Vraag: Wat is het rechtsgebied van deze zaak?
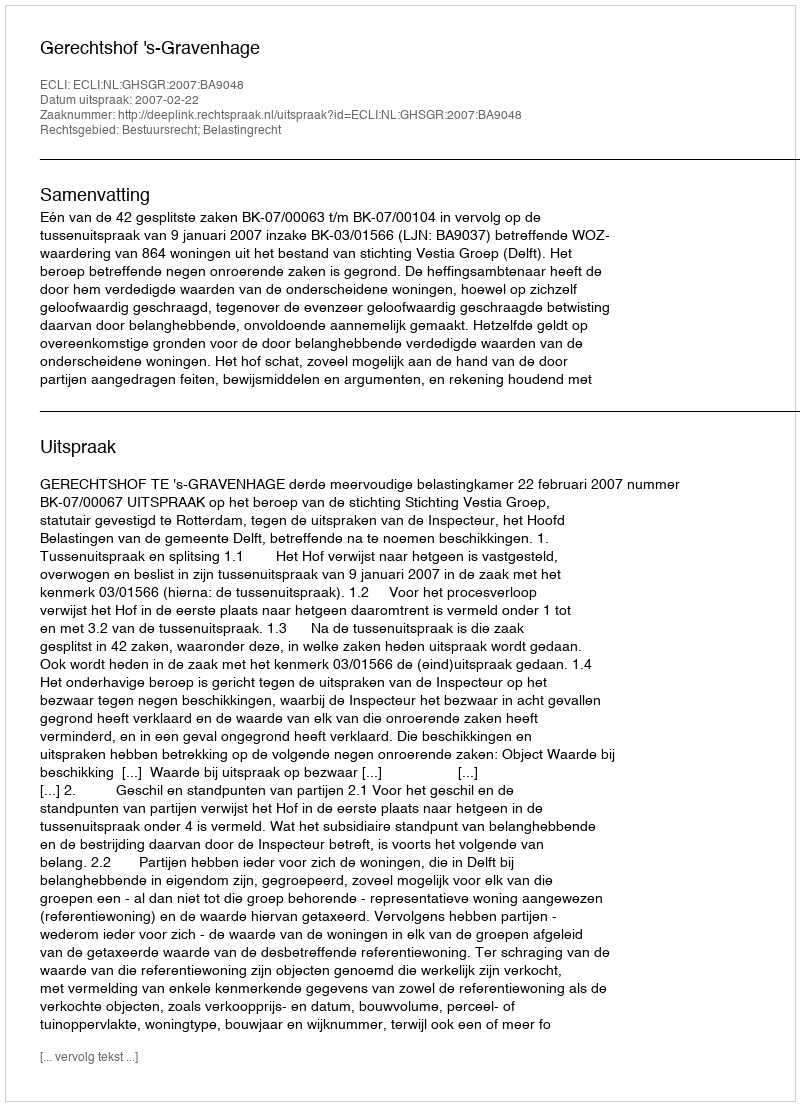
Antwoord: Bestuursrecht; Belastingrecht